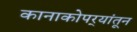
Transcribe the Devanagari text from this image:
कानाकोपर्‍यांतून